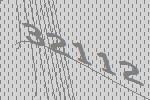
32112